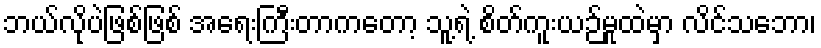
ဘယ်လိုပဲဖြစ်ဖြစ် အရေးကြီးတာကတော့ သူ့ရဲ့ စိတ်ကူးယဉ်မှုထဲမှာ လိင်သဘော၊